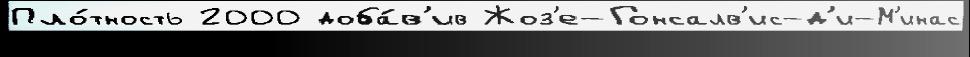
Пло́тность 2000 доба́в'ив Жоз'е-Гонсалв'ис-д'и-М'инас